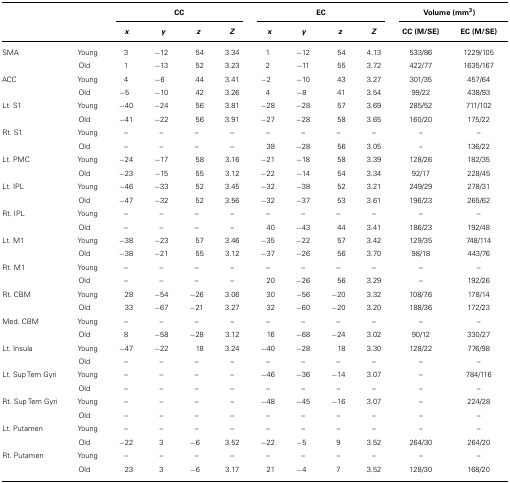
<table><thead><tr><td></td><td></td><td colspan="4"><b>CC</b></td><td colspan="4"><b>EC</b></td><td colspan="2"><b>Volume (mm<sup>3</sup>)</b></td></tr><tr><td></td><td></td><td><b><i>x</i></b></td><td><b><i>y</i></b></td><td><b><i>z</i></b></td><td><b><i>Z</i></b></td><td><b><i>x</i></b></td><td><b><i>y</i></b></td><td><b><i>z</i></b></td><td><b><i>Z</i></b></td><td><b>CC (M/SE)</b></td><td><b>EC (M/SE)</b></td></tr></thead><tbody><tr><td>SMA</td><td>Young</td><td>3</td><td>-12</td><td>54</td><td>3.34</td><td>1</td><td>-12</td><td>54</td><td>4.13 </td><td>533/86</td><td>1229/105</td></tr><tr><td></td><td>Old</td><td>1</td><td>-13</td><td>52</td><td>3.23</td><td>2</td><td>-11</td><td>55</td><td>3.72</td><td>422/77</td><td>1635/167</td></tr><tr><td>ACC</td><td>Young</td><td>4</td><td>-6</td><td>44</td><td>3.41</td><td>-2</td><td>-10</td><td>43</td><td>3.27</td><td>301/35</td><td>457/64</td></tr><tr><td></td><td>Old</td><td>-5</td><td>-10</td><td>42</td><td>3.26</td><td>4</td><td>-8</td><td>41</td><td>3.54</td><td>99/22</td><td>438/93</td></tr><tr><td>Lt. S1</td><td>Young</td><td>-40</td><td>-24</td><td>56</td><td>3.81</td><td>-28</td><td>-28</td><td>57</td><td>3.69</td><td>285/52</td><td>711/102</td></tr><tr><td></td><td>Old</td><td>-41</td><td>-22</td><td>56</td><td>3.91</td><td>-27</td><td>-28</td><td>58</td><td>3.65</td><td>160/20</td><td>175/22</td></tr><tr><td>Rt. S1</td><td>Young</td><td>–</td><td>–</td><td>–</td><td>–</td><td>–</td><td>–</td><td>–</td><td>–</td><td>–</td><td>–</td></tr><tr><td></td><td>Old</td><td>–</td><td>–</td><td>–</td><td>–</td><td>38</td><td>-28</td><td>56</td><td>3.05</td><td>–</td><td>136/22</td></tr><tr><td>Lt. PMC</td><td>Young</td><td>-24</td><td>-17</td><td>58</td><td>3.16</td><td>-21</td><td>-18</td><td>58</td><td>3.39</td><td>128/26</td><td>182/35</td></tr><tr><td></td><td>Old</td><td>-23</td><td>-15</td><td>55</td><td>3.12</td><td>-22</td><td>-14</td><td>54</td><td>3.34</td><td>92/17</td><td>228/45</td></tr><tr><td>Lt. IPL</td><td>Young</td><td>-46</td><td>-33</td><td>52</td><td>3.45</td><td>-32</td><td>-38</td><td>52</td><td>3.21</td><td>249/29</td><td>278/31</td></tr><tr><td></td><td>Old</td><td>-47</td><td>-32</td><td>52</td><td>3.56</td><td>-32</td><td>-37</td><td>53</td><td>3.61</td><td>196/23</td><td>265/62</td></tr><tr><td>Rt. IPL</td><td>Young</td><td>–</td><td>–</td><td>–</td><td>–</td><td>–</td><td>–</td><td>–</td><td>–</td><td>–</td><td>–</td></tr><tr><td></td><td>Old</td><td>–</td><td>–</td><td>–</td><td>–</td><td>40</td><td>-43</td><td>44</td><td>3.41</td><td>186/23</td><td>192/48</td></tr><tr><td>Lt. M1</td><td>Young</td><td>-38</td><td>-23</td><td>57</td><td>3.46</td><td>-35</td><td>-22</td><td>57</td><td>3.42</td><td>129/35</td><td>748/114</td></tr><tr><td></td><td>Old</td><td>-38</td><td>-21</td><td>55</td><td>3.12</td><td>-37</td><td>-26</td><td>56</td><td>3.70</td><td>98/18</td><td>443/76</td></tr><tr><td>Rt. M1</td><td>Young</td><td>–</td><td>–</td><td>–</td><td>–</td><td>–</td><td>–</td><td>–</td><td>–</td><td>–</td><td>–</td></tr><tr><td></td><td>Old</td><td>–</td><td>–</td><td>–</td><td>–</td><td>20</td><td>-26</td><td>56</td><td>3.29</td><td>–</td><td>192/26</td></tr><tr><td>Rt. CBM</td><td>Young</td><td>28</td><td>-54</td><td>-26</td><td>3.06</td><td>30</td><td>-56</td><td>-20</td><td>3.32</td><td>108/7.6</td><td>178/14</td></tr><tr><td></td><td>Old</td><td>33</td><td>-67</td><td>-21</td><td>3.27</td><td>32</td><td>-60</td><td>-20</td><td>3.20</td><td>188/36</td><td>172/23</td></tr><tr><td>Med. CBM</td><td>Young</td><td>–</td><td>–</td><td>–</td><td>–</td><td>–</td><td>–</td><td>–</td><td>–</td><td>–</td><td>–</td></tr><tr><td></td><td>Old</td><td>8</td><td>-58</td><td>-28</td><td>3.12</td><td>16</td><td>-68</td><td>-24</td><td>3.02</td><td>90/12</td><td>330/27</td></tr><tr><td>Lt. Insula</td><td>Young</td><td>-47</td><td>-22</td><td>18</td><td>3.24</td><td>-40</td><td>-28</td><td>18</td><td>3.30</td><td>128/22</td><td>776/98</td></tr><tr><td></td><td>Old</td><td>–</td><td>–</td><td>–</td><td>–</td><td>–</td><td>–</td><td>–</td><td>–</td><td>–</td><td>–</td></tr><tr><td>Lt. Sup Tem Gyri</td><td>Young</td><td>–</td><td>–</td><td>–</td><td>–</td><td>-46</td><td>-36</td><td>-14</td><td>3.07</td><td>–</td><td>784/116</td></tr><tr><td></td><td>Old</td><td>–</td><td>–</td><td>–</td><td>–</td><td>–</td><td>–</td><td>–</td><td>–</td><td>–</td><td>–</td></tr><tr><td>Rt. Sup Tem Gyri</td><td>Young</td><td>–</td><td>–</td><td>–</td><td>–</td><td>-48</td><td>-45</td><td>-16</td><td>3.07</td><td>–</td><td>224/28</td></tr><tr><td></td><td>Old</td><td>–</td><td>–</td><td>–</td><td>–</td><td>–</td><td>–</td><td>–</td><td>–</td><td>–</td><td>–</td></tr><tr><td>Lt. Putamen</td><td>Young</td><td>–</td><td>–</td><td>–</td><td>–</td><td>–</td><td>–</td><td>–</td><td>–</td><td>–</td><td>–</td></tr><tr><td></td><td>Old</td><td>-22</td><td>3</td><td>-6</td><td>3.52</td><td>-22</td><td>-5</td><td>9</td><td>3.52</td><td>264/30</td><td>264/20</td></tr><tr><td>Rt. Putamen</td><td>Young</td><td>–</td><td>–</td><td>–</td><td>–</td><td>–</td><td>–</td><td>–</td><td>–</td><td>–</td><td>–</td></tr><tr><td></td><td>Old</td><td>23</td><td>3</td><td>-6</td><td>3.17</td><td>21</td><td>-4</td><td>7</td><td>3.52</td><td>128/30</td><td>168/20</td></tr></tbody></table>